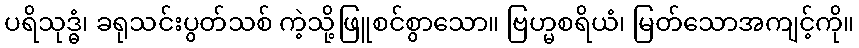
ပရိသုဒ္ဓံ၊ ခရုသင်းပွတ်သစ် ကဲ့သို့ဖြူစင်စွာသော။ ဗြဟ္မစရိယံ၊ မြတ်သောအကျင့်ကို။